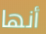
أنها